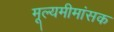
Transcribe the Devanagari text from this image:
मूल्यमीमांसक